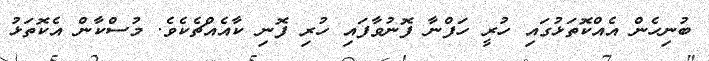
ބުނިހެން އެއްކޮތަޅުގައި ހުރީ ހަފްނާ ފޮނުވާފައި ހުރި ފޮނި ކާއެއްޗެކެވެ. މުސްކާން އެކޮތަޅު